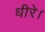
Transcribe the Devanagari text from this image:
धीरे।